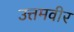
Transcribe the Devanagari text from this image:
उत्तमवीर